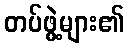
တပ်ဖွဲ့များ၏